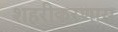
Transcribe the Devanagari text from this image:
शहरीकरणास